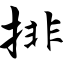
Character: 排